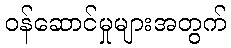
ဝန်ဆောင်မှုများအတွက်